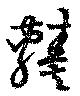
輳